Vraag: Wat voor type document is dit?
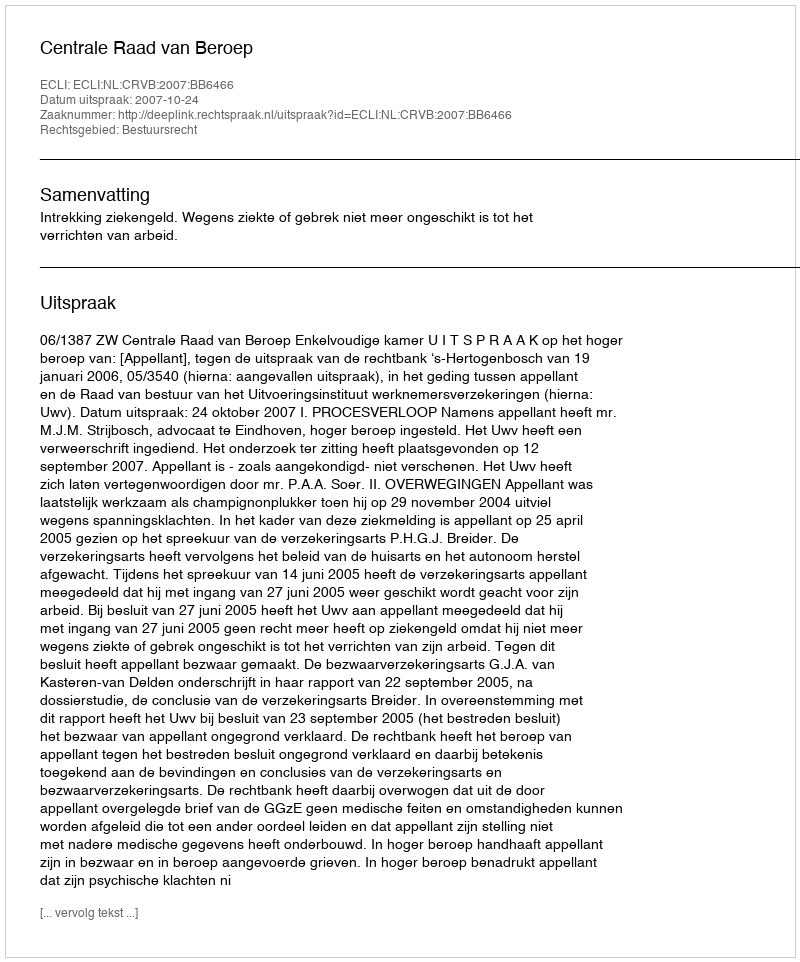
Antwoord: Uitspraak